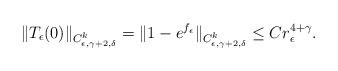
LaTeX: \begin{align*} \| T_\epsilon(0) \|_{C^{k}_{\epsilon,\gamma+2,\delta}} = \| 1-e^{f_\epsilon}\|_{C^{k}_{\epsilon,\gamma+2,\delta}} \leq C r_\epsilon^{4+\gamma}. \end{align*}